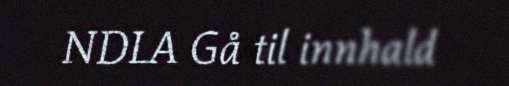
NDLA Gå til innhald